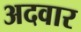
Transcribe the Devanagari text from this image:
अदवार